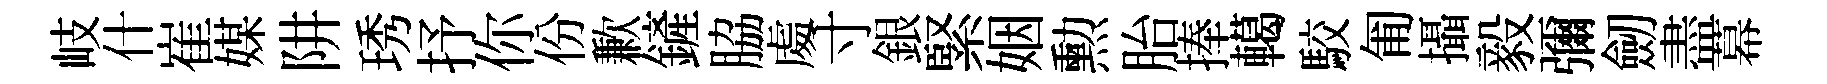
岐什崔媒阱琇抒你份歉鏟脇䖏寸銀緊姻勲胎捧轕駮匍攝毅彌劒盡幕